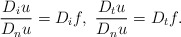
\begin{align*}\frac{D_i u}{D_n u}= D_i f,\ \frac{D_t u}{D_n u}= D_t f.\end{align*}